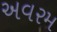
અવરમ